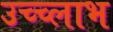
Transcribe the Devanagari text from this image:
उच्च्लाभ